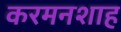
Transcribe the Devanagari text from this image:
करमनशाह